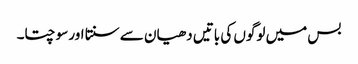
بس میں لوگوں کی باتیں دھیان سے سنتا اور سوچتا۔